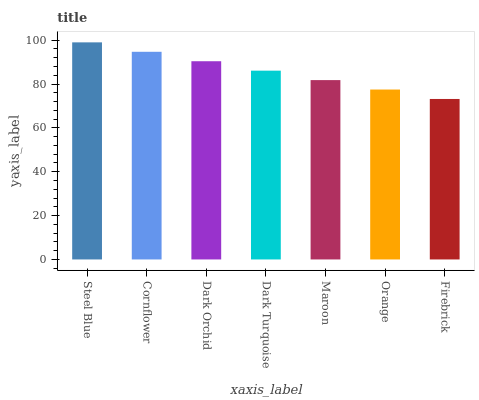
| xaxis_label | bars |
 | --- | --- |
 | Steel Blue | 99 |
 | Cornflower | 94.7 |
 | Dark Orchid | 90.4 |
 | Dark Turquoise | 86.1 |
 | Maroon | 81.8 |
 | Orange | 77.5 |
 | Firebrick | 73.2 |